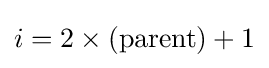
i=2\times ({\text{parent}})+1